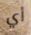
أي